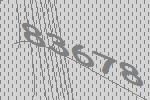
83678